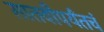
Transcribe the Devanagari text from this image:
सातवीपर्यंतचं